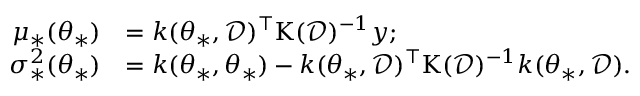
\begin{array} { r l } { \mu _ { * } ( \boldsymbol { \theta } _ { * } ) } & { = \boldsymbol { k } ( \boldsymbol { \theta } _ { * } , \mathcal { D } ) ^ { \intercal } \boldsymbol { \mathrm { K } } ( \mathcal { D } ) ^ { - 1 } \boldsymbol { y } ; } \\ { \sigma _ { * } ^ { 2 } ( \boldsymbol { \theta } _ { * } ) } & { = k ( \boldsymbol { \theta } _ { * } , \boldsymbol { \theta } _ { * } ) - \boldsymbol { k } ( \boldsymbol { \theta } _ { * } , \mathcal { D } ) ^ { \intercal } \boldsymbol { \mathrm { K } } ( \mathcal { D } ) ^ { - 1 } \boldsymbol { k } ( \boldsymbol { \theta } _ { * } , \mathcal { D } ) . } \end{array}